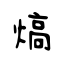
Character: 熇